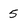
Character: 5